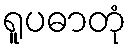
ရူပဓာတုံ